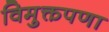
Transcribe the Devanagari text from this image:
विमुक्तपणा